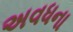
અવધના